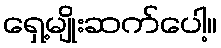
ရှေ့မျိုးဆက်ပေါ့။